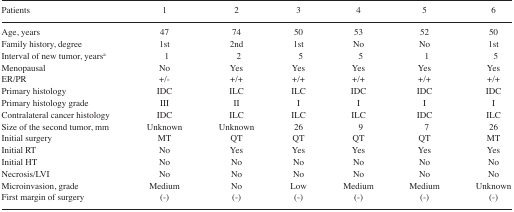
| Patients | 1 | 2 | 3 | 4 | 5 | 6 |
 | --- | --- | --- | --- | --- | --- | --- |
 | Age, years | 47 | 74 | 50 | 53 | 52 | 50 |
 | Family history, degree | 1st | 2nd | 1st | No | No | 1st |
 | Interval of new tumor, yearsa | 1 | 2 | 5 | 5 | 1 | 5 |
 | Menopausal | No | Yes | Yes | Yes | Yes | Yes |
 | ER/PR | +/− | +/+ | +/+ | +/+ | +/+ | +/+ |
 | Primary histology | IDC | ILC | ILC | IDC | IDC | IDC |
 | Primary histology grade | III | II | I | I | I | I |
 | Contralateral cancer histology | IDC | ILC | ILC | ILC | IDC | ILC |
 | Size of the second tumor, mm | Unknown | Unknown | 26 | 9 | 7 | 26 |
 | Initial surgery | MT | QT | QT | QT | QT | MT |
 | Initial RT | No | Yes | Yes | Yes | Yes | Yes |
 | Initial HT | No | No | No | No | No | No |
 | Necrosis/LVI | No | No | No | No | No | No |
 | Microinvasion, grade | Medium | No | Low | Medium | Medium | Unknown |
 | First margin of surgery | (−) | (−) | (−) | (−) | (−) | (−) |